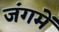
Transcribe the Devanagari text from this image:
जंगमें